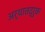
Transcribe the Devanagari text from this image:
अर्थातद्रुक